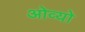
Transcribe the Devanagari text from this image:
ओव्यो